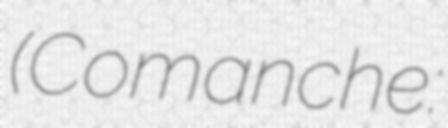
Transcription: (Comanche: